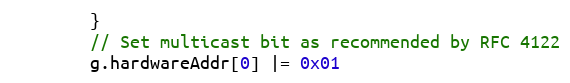
Language: Go
		}
		// Set multicast bit as recommended by RFC 4122
		g.hardwareAddr[0] |= 0x01